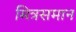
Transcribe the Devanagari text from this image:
मित्रसमान